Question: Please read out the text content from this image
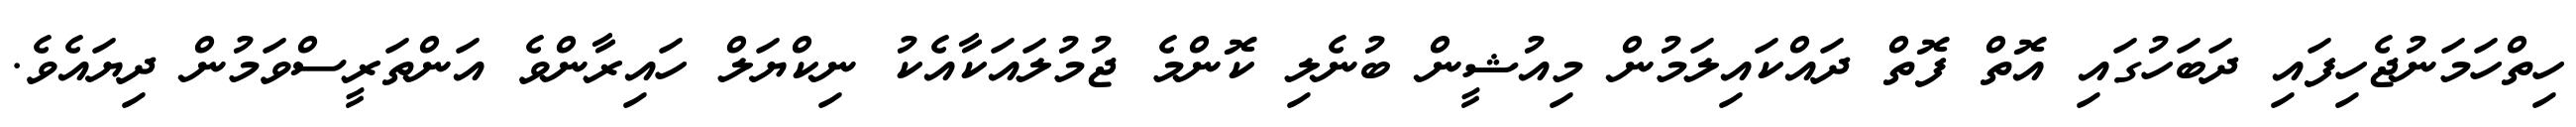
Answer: ހިތްހަމަނުޖެހިފައި ދަބަހުގައި އޮތް ފޮތް ދައްކައިލަމުން މިއުޝީން ބުނެލި ކޮންމެ ޖުމުލައަކާއެކު ނިކްޔަލް ހައިރާންވެ އަންތަރީސްވަމުން ދިޔައެވެ.